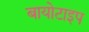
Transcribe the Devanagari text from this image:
बायोटाइप